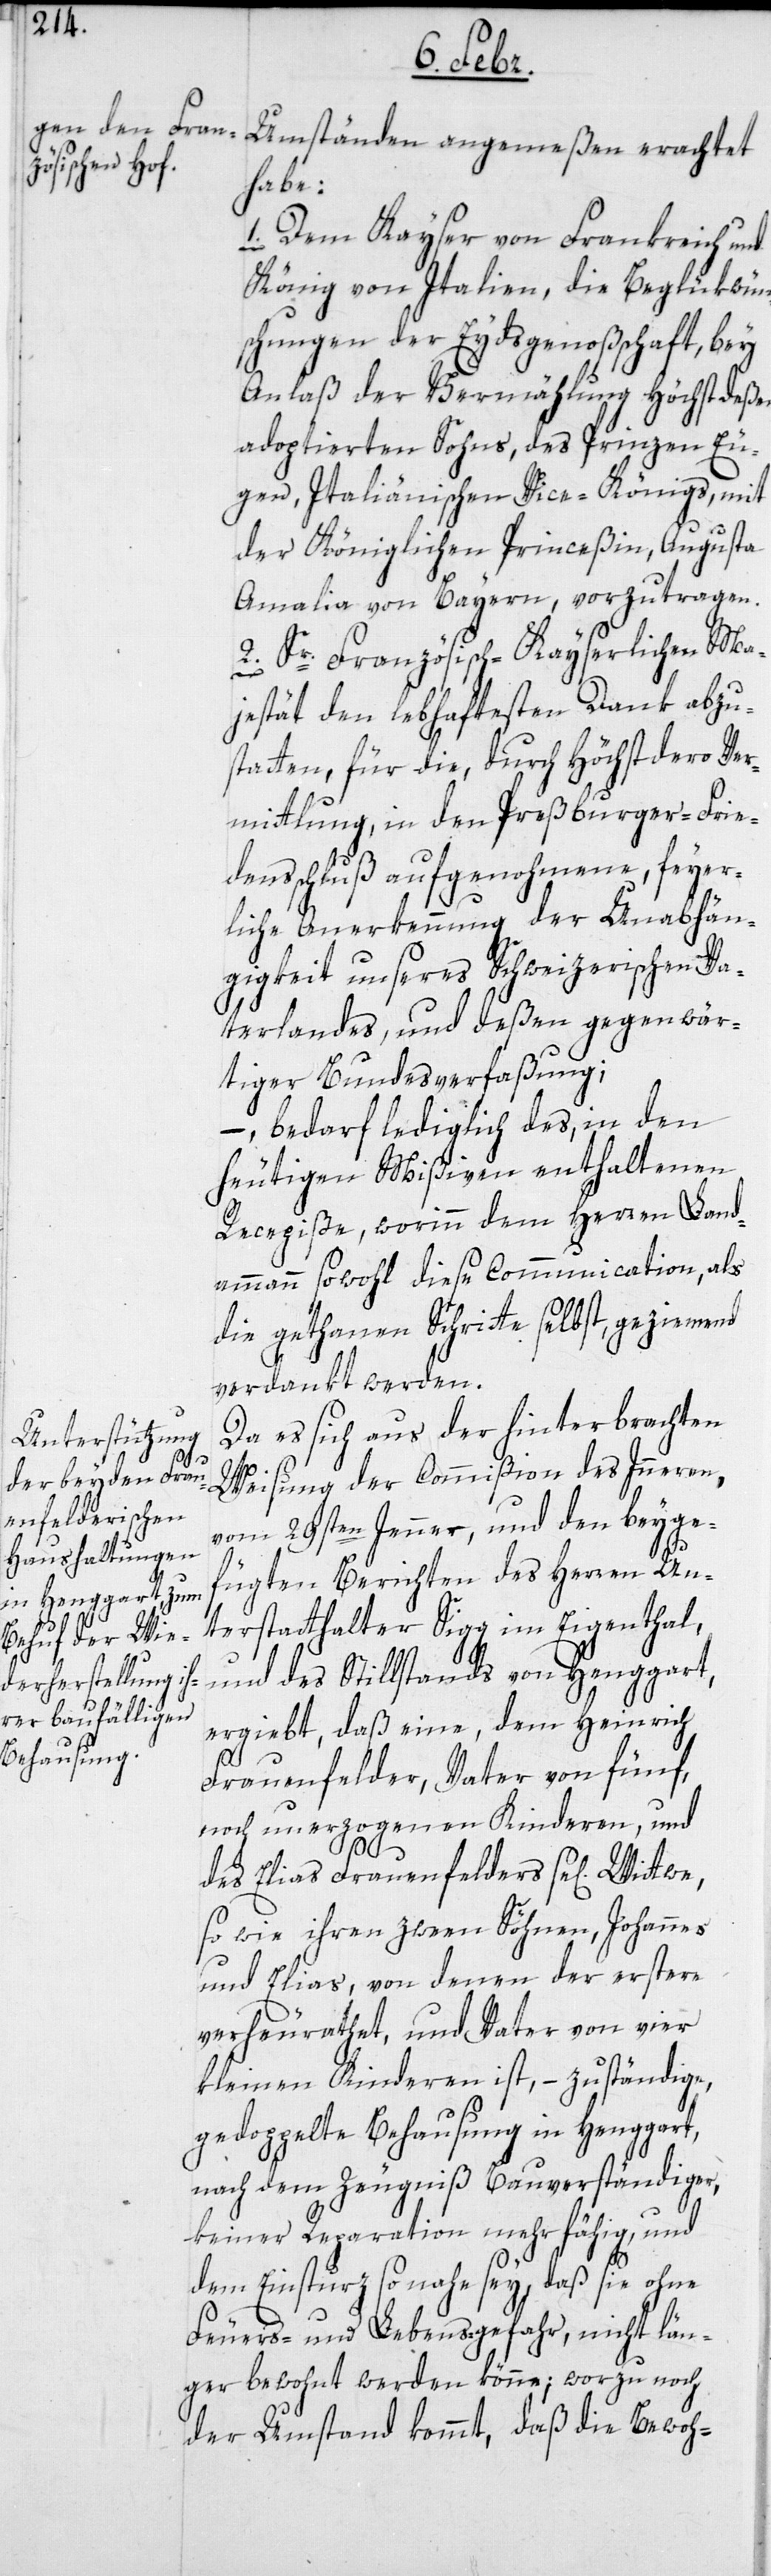
n]

Umständen angemeßen erachtet
habe:
1. Dem Kayser von Frankreich und
König von Italien, die Beglükwün¬
schungen der Eydsgenoßenschaft, bey
Anlaß der Vermählung höchstdeßen
adoptierten Sohns, des Prinzen Eu¬
gen, Italiänischen Vice-Königs, mit
der Königlichen Princeßin, Augusta
Amalia von Bayern, vorzutragen.
2. Sr. Französisch-Kayserlichen Ma¬
jestät den lebhaftesten Dank abzu¬
statten, für die, durch Höchstdero Ver¬
mittlung, in den Preßburger-Frie¬
densschluß aufgenohmene, feyer¬
liche Anerkennung der Unabhän¬
gigkeit unseres Schweizerischen Va¬
terlandes, und deßen gegenwär¬
tiger Bundesverfaßung;
– bedarf lediglich des, in den
heutigen Mißiven enthaltenen
Recepiße, worinn dem Herren Land¬
ammann sowohl diese Communication, als
die gethanen Schritte selbst, geziemend
verdankt werden.
Da es sich aus der hinterbrachten
Weisung der Commißion des Inneren,
vom 29sten Jenner, und den beyge¬
fügten Berichten des Herren Un¬
terstatthalter Sigg im Eigenthal,
und des Stillstands von Henggart,
ergiebt, daß eine, dem Heinrich
Frauenfelder, Vater von fünf,
noch unerzogenen Kinderen, und
des Elias Frauenfelders se[lige¬
so wie ihren zween Söhnen, Johannes
und Elias, von denen der erstere
verheurathet, und Vater von vier
kleinen Kinderen ist, – zuständige,
gedoppelte Behausung in Henggart,
nach dem Zeugniß Bauverständiger,
keiner Reparation mehr fähig, und
dem Einsturz so nahe sey, daß sie ohne
Feuers- und Lebens-gefahr, nicht län¬
ger bewohnt werden könne; worzu noch
der Umstand kommt, daß die Bewoh-